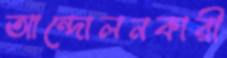
আন্দোলনকারী